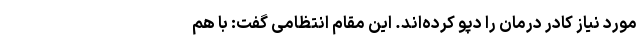
مورد نیاز کادر درمان را دپو کرده‌اند. این مقام انتظامی گفت: با هم